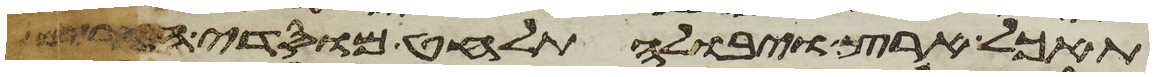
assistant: תאכל ארץ ויבולה תלחט מוסדי הרים